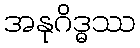
အနုဂိဒ္ဓဿ